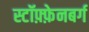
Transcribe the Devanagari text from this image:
स्टॉफ़्फ़ेनबर्ग